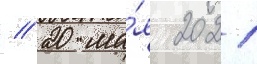
// 20 ма́я 2021